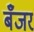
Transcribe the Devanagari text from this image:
बँजर